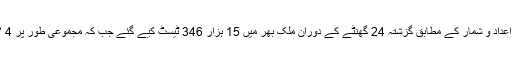
نیشنل کمانڈ اینڈ آپریشن سینٹر کے فراہم کردہ اعداد و شمار کے مطابق گزشتہ 24 گھنٹے کے دوران ملک بھر میں 15 ہزار 346 ٹیسٹ کیے گئے جب کہ مجموعی طور پر 4 لاکھ 14 ہزار 254 ٹیسٹ کیے جا چکے ہیں۔